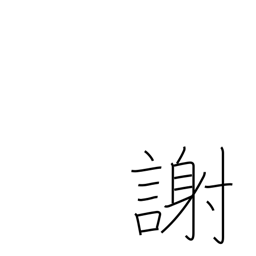
Meaning: thank